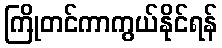
ကြိုတင်ကာကွယ်နိုင်ရန်